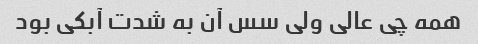
همه چی عالی ولی سس آن به شدت آبکی بود